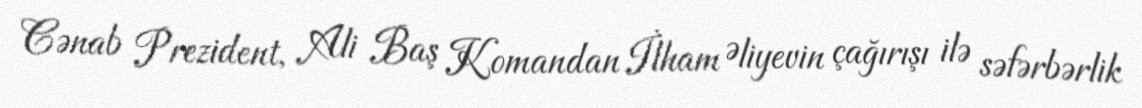
Cənab Prezident, Ali Baş Komandan İlham Əliyevin çağırışı ilə səfərbərlik